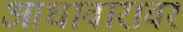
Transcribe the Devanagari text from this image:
आधावारावर